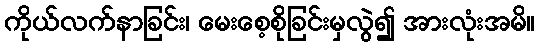
ကိုယ်လက်နာခြင်း၊ မေးစေ့စိုခြင်းမှလွဲ၍ အားလုံးအမိ။